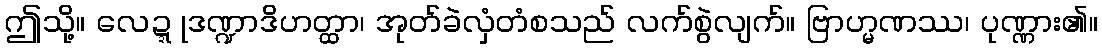
ဤသို့။ လေဍ္ဍုဒဏ္ဍာဒိဟတ္ထာ၊ အုတ်ခဲလှံတံစသည် လက်စွဲလျက်။ ဗြာဟ္မဏဿ၊ ပုဏ္ဏား၏။